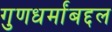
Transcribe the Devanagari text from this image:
गुणधर्मांबद्दल